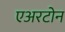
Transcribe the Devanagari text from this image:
एअरटोन